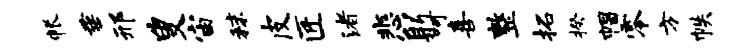
帐垂邢叟宙秣皮匠渚悲躬呵喜整拓揆帽零方帙